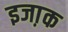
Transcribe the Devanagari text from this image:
इजा़क